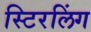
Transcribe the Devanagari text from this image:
स्टिरलिंग